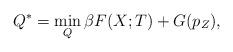
LaTeX: \begin{align*} Q^*=\min_{Q} \beta F(X;T) + G(p_Z),\end{align*}